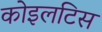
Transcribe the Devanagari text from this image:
कोइलटिस